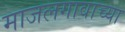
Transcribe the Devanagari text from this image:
माजलगावाच्या